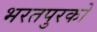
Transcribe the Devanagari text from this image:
भरतपुरको